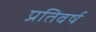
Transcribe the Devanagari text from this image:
प्रतिवर्ष